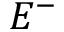
E ^ { - }